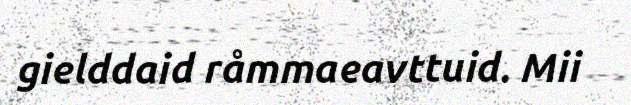
gielddaid råmmaeavttuid. Mii